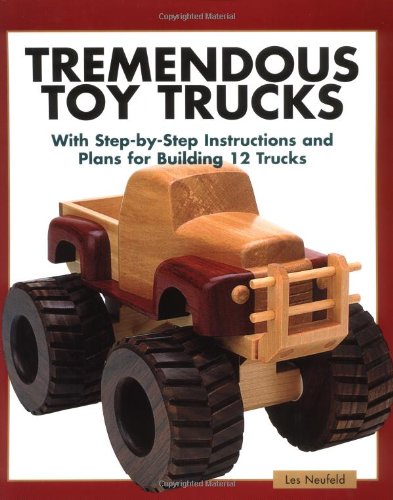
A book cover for Tremendous Toy Trucks; Les Neufeld; Crafts, Hobbies & Home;